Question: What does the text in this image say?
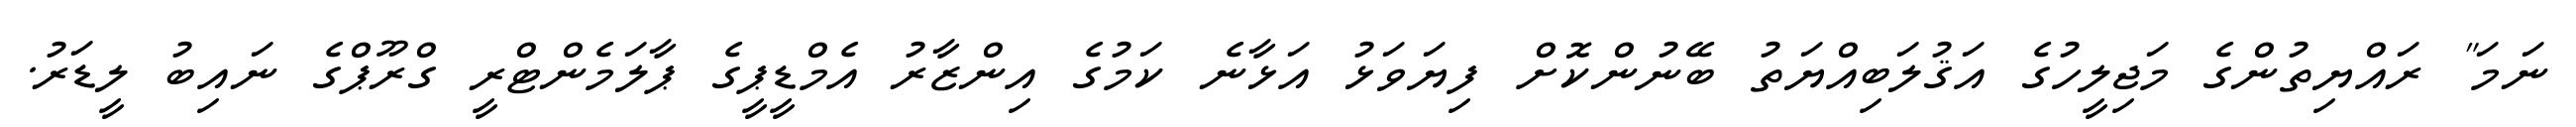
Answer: ނަމަ" ރައްޔިތުންގެ މަޖިލީހުގެ އަޤުލަބިއްޔަތު ބޭނުންކޮށް ފިޔަވަޅު އަޅާނެ ކަމުގެ އިންޒާރު އެމްޑީޕީގެ ޕާލަމެންޓްރީ ގްރޫޕްގެ ނައިބު ލީޑަރު.